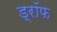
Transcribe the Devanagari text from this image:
ड्रॉफ